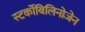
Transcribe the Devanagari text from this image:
स्‍टर्कोबिलिनोजेन